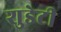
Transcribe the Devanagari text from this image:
शुडेटी